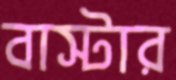
বাস্টার